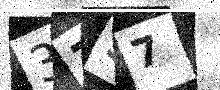
Text: 37S7